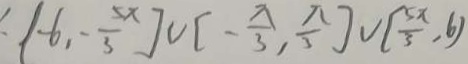
( - 6 - \frac { 5 x } { 3 } ] \cup [ - \frac { \pi } { 3 } , \frac { \pi } { 3 } ] \cup [ \frac { 5 x } { 6 } , b )